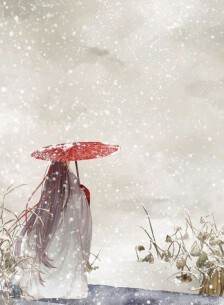
忆共人人睡魂蝶乱，梦鸾孤。